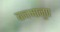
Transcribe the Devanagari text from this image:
बनमानुप